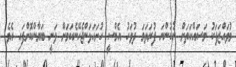
މުވައްޒަފަކު މަސައްކަތަށް ނުކުންނަ ފުރަތަމަ ދުވަހު އެމްސީ ހުށަހަޅަންޖެހޭނެކަމަށް ވަނީ ބަޔާންކޮށްފައި އެވެ.